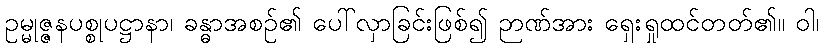
ဥမ္မုဇ္ဇနပစ္စုပဋ္ဌာနာ၊ ခန္ဓာအစဉ်၏ ပေါ်လှာခြင်းဖြစ်၍ ဉာဏ်အား ရှေးရှုထင်တတ်၏။ ဝါ၊